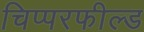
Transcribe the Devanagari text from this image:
चिप्परफील्ड